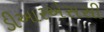
ડીઆરએસસી